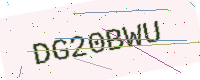
Text: DG20BWU